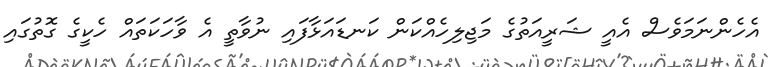
އެހެންނަމަވެސް އެއީ ޝަރީއަތުގެ މަޖިލިހެއްކަން ކަނޑައަޅާފައި ނުވާތީ އެ ވާހަކަތައް ހެކީގެ ގޮތުގައި